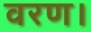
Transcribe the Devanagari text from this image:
वरण।